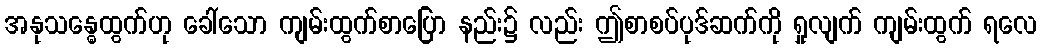
အနုသန္ဓေထွက်ဟု ခေါ်သော ကျမ်းထွက်စာပြော နည်း၌ လည်း ဤစာစပ်ပုဒ်ဆက်ကို ရှုလျက် ကျမ်းထွက် ရလေ